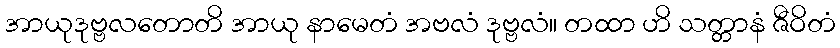
အာယုဒုဗ္ဗလတောတိ အာယု နာမေတံ အဗလံ ဒုဗ္ဗလံ။ တထာ ဟိ သတ္တာနံ ဇီဝိတံ